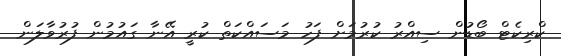
ކްރިކެޓް ބޯޑުން ސިއްރު ކުރުމަށް ފަހު މަސައްކަތް ކުރީ އޭނާ ގައުމުން ފުރުވާލަން